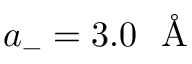
a _ { - } = 3 . 0 \mathrm { ~ \normalfont ~ \AA ~ }